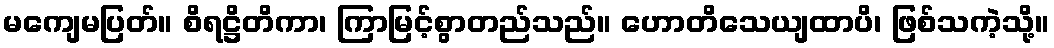
မကျေမပြတ်။ စိရဋ္ဌိတိကာ၊ ကြာမြင့်စွာတည်သည်။ ဟောတိသေယျထာပိ၊ ဖြစ်သကဲ့သို့။